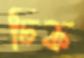
ঢিক